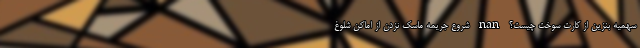
سهمیه بنزین از کارت سوخت چیست؟ nan شروع جریمه ماسک نزدن از اماکن شلوغ